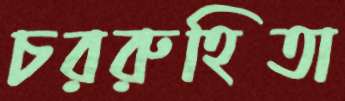
চররুহিতা